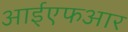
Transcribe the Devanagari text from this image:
आईएफआर